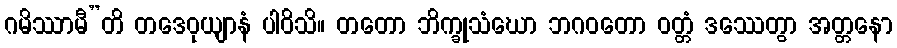
ဂမိဿာမီ”တိ တဒေဝုယျာနံ ပါဝိသိ။ တတော ဘိက္ခုသံဃော ဘဂဝတော ဝတ္တံ ဒဿေတွာ အတ္တနော